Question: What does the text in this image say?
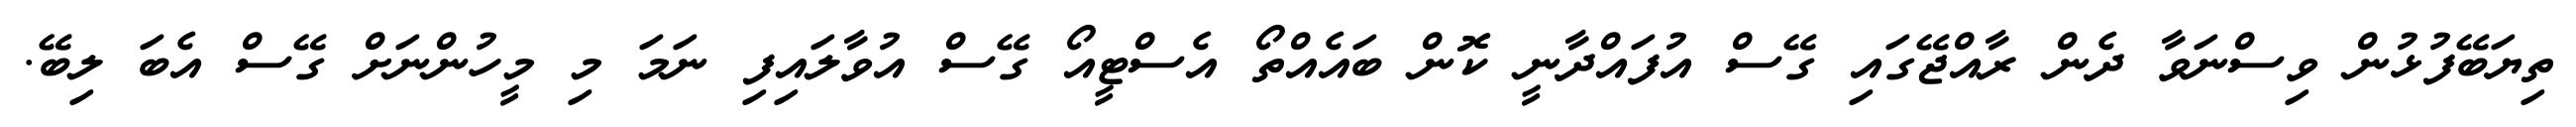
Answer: ތިޔަބޭފުޅުން ވިސްނަވާ ދެން ރާއްޖޭގައި ގޭސް އުފައްދާނީ ކޮން ބައެއްތޯ އެސްޓީއޯ ގޭސް އުވާލައިފި ނަމަ މި މީހުންނަށް ގޭސް އެބަ ލިބޭ.